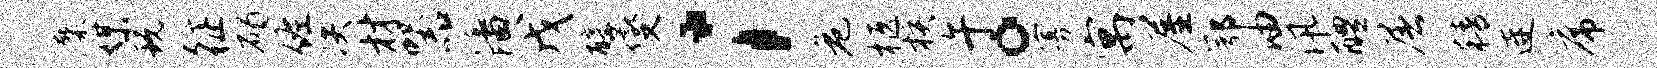
麋媒玩征碣佐决材器潘戊醇燮；危柩核午。寡寓屋鄂油汛醴屠精连席